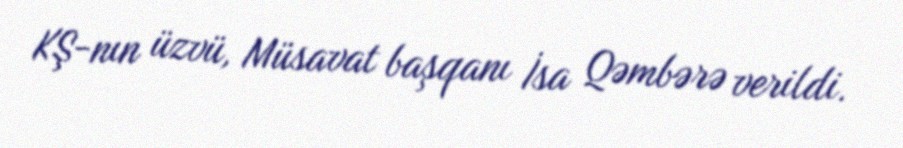
KŞ-nın üzvü, Müsavat başqanı İsa Qəmbərə verildi.